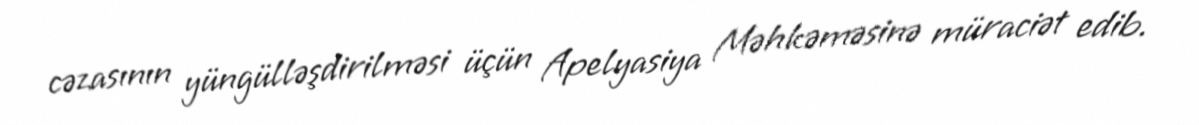
cəzasının yüngülləşdirilməsi üçün Apelyasiya Məhkəməsinə müraciət edib.